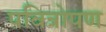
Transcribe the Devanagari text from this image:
पवित्रोपण